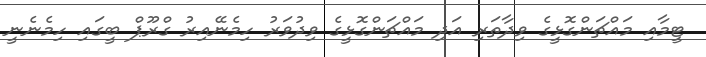
ޓީމާއި މައްޗަންގޮޅީގެ ވިދާތަރި އަދި މައްޗަންގޮޅީގެ ވިދުވަރު ހިމެނޭއިރު ގްރޫޕް ބީގައި ހިމެނެނީ